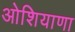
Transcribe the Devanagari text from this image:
ओशियाणा